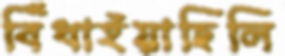
বিঁধাইয়াছিলি